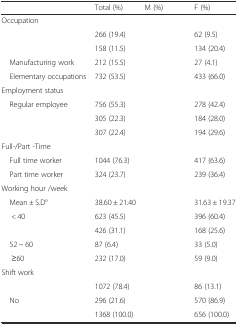
<table><thead><tr><td>[EMPTY_CELL]</td><td><b>Total (%)</b></td><td><b>M (%)</b></td><td><b>F (%)</b></td></tr></thead><tbody><tr><td>Occupation</td><td>[EMPTY_CELL]</td><td>[EMPTY_CELL]</td><td>[EMPTY_CELL]</td></tr><tr><td>[EMPTY_CELL]</td><td>266 (19.4)</td><td>[EMPTY_CELL]</td><td>62 (9.5)</td></tr><tr><td>[EMPTY_CELL]</td><td>158 (11.5)</td><td>[EMPTY_CELL]</td><td>134 (20.4)</td></tr><tr><td> Manufacturing work</td><td>212 (15.5)</td><td>[EMPTY_CELL]</td><td>27 (4.1)</td></tr><tr><td> Elementary occupations</td><td>732 (53.5)</td><td>[EMPTY_CELL]</td><td>433 (66.0)</td></tr><tr><td>Employment status</td><td>[EMPTY_CELL]</td><td>[EMPTY_CELL]</td><td>[EMPTY_CELL]</td></tr><tr><td> Regular employee</td><td>756 (55.3)</td><td>[EMPTY_CELL]</td><td>278 (42.4)</td></tr><tr><td>[EMPTY_CELL]</td><td>305 (22.3)</td><td>[EMPTY_CELL]</td><td>184 (28.0)</td></tr><tr><td>[EMPTY_CELL]</td><td>307 (22.4)</td><td>[EMPTY_CELL]</td><td>194 (29.6)</td></tr><tr><td>Full-/Part -Time</td><td>[EMPTY_CELL]</td><td>[EMPTY_CELL]</td><td>[EMPTY_CELL]</td></tr><tr><td> Full time worker</td><td>1044 (76.3)</td><td>[EMPTY_CELL]</td><td>417 (63.6)</td></tr><tr><td> Part time worker</td><td>324 (23.7)</td><td>[EMPTY_CELL]</td><td>239 (36.4)</td></tr><tr><td>Working hour /week</td><td>[EMPTY_CELL]</td><td>[EMPTY_CELL]</td><td>[EMPTY_CELL]</td></tr><tr><td> Mean ± S.D°</td><td>38.60 ± 21.40</td><td>[EMPTY_CELL]</td><td>31.63 ± 19.37</td></tr><tr><td>&lt; 40</td><td>623 (45.5)</td><td>[EMPTY_CELL]</td><td>396 (60.4)</td></tr><tr><td>[EMPTY_CELL]</td><td>426 (31.1)</td><td>[EMPTY_CELL]</td><td>168 (25.6)</td></tr><tr><td> 52 ~ 60</td><td>87 (6.4)</td><td>[EMPTY_CELL]</td><td>33 (5.0)</td></tr><tr><td>≥60</td><td>232 (17.0)</td><td>[EMPTY_CELL]</td><td>59 (9.0)</td></tr><tr><td>Shift work</td><td>[EMPTY_CELL]</td><td>[EMPTY_CELL]</td><td>[EMPTY_CELL]</td></tr><tr><td>[EMPTY_CELL]</td><td>1072 (78.4)</td><td>[EMPTY_CELL]</td><td>86 (13.1)</td></tr><tr><td> No</td><td>296 (21.6)</td><td>[EMPTY_CELL]</td><td>570 (86.9)</td></tr><tr><td>[EMPTY_CELL]</td><td>1368 (100.0)</td><td>[EMPTY_CELL]</td><td>656 (100.0)</td></tr></tbody></table>